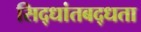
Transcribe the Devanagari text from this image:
सिद्धांतबद्धता